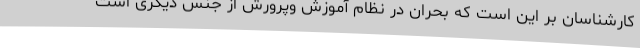
کارشناسان بر این است که بحران در نظام آموزش وپرورش از جنس دیگری است